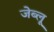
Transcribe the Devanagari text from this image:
जेब्‍लू